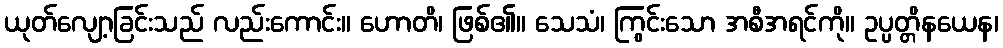
ယုတ်လျော့ခြင်းသည် လည်းကောင်း။ ဟောတိ၊ ဖြစ်၏။ သေသံ၊ ကြွင်းသော အစီအရင်ကို။ ဥပ္ပတ္တိနယေန၊